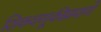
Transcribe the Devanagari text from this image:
शिकवणूकीप्रमाणे